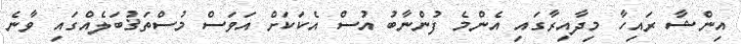
އިންޝާ ރައިހާ މިދާއިރާގައި އެންމެ ފުންނާބު އުސް އެކަކަށް އަވަސް މުސްތަޤުބަލެއްގައި ވާނެ